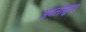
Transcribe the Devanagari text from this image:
अवलोसुन्दा